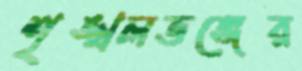
শৃঙ্খলভঙ্গের